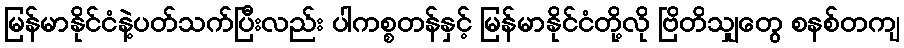
မြန်မာနိုင်ငံနဲ့ပတ်သက်ပြီးလည်း ပါကစ္စတန်နှင့် မြန်မာနိုင်ငံတို့လို ဗြိတိသျှတွေ စနစ်တကျ